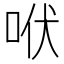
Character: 𰇛